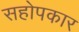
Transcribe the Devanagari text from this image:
सहोपकार